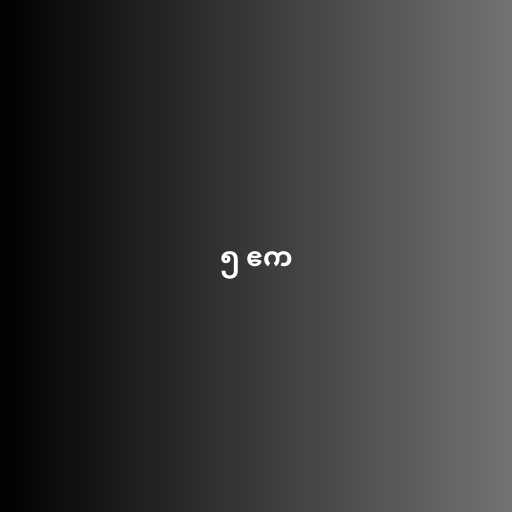
၅ ဧက